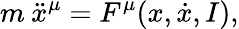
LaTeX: m\: \ddot{x}^{\mu}=F^{\mu}(x,\dot{x},I),